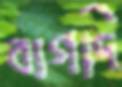
বাগদি